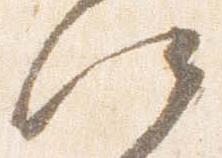
江